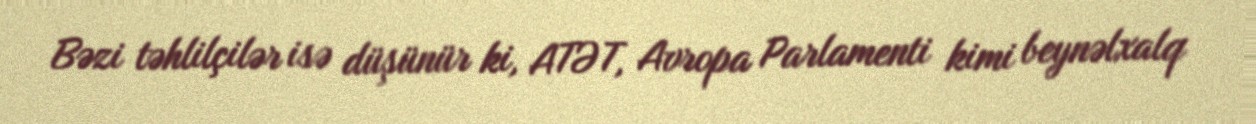
Bəzi təhlilçilər isə düşünür ki, ATƏT, Avropa Parlamenti kimi beynəlxalq